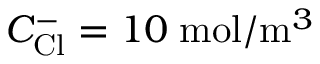
C _ { \mathrm { C l } } ^ { - } = 1 0 \; \mathrm { m o l } / \mathrm { m } ^ { 3 }